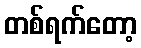
တစ်ရက်တော့